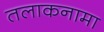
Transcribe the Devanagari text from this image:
तलाकनामा